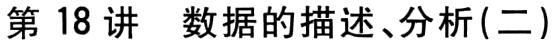
第18讲 数据的描述、分析(二)